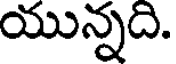
యున్నది.